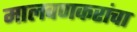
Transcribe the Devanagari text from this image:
मालवणकरांचा